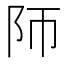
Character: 𱀃